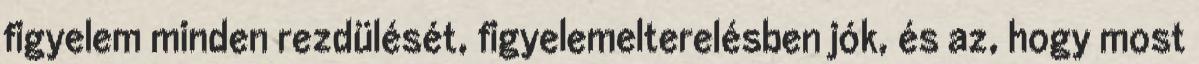
figyelem minden rezdülését, figyelemelterelésben jók, és az, hogy most